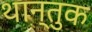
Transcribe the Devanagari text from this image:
थान्तुक